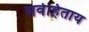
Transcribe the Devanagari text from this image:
सर्वहिताय